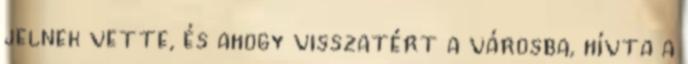
jelnek vette, és ahogy visszatért a városba, hívta a